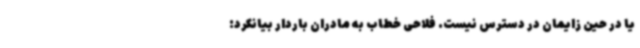
یا در حین زایمان در دسترس نیست. فلاحی خطاب به مادران باردار بیانکرد: